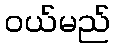
ဝယ်မည်